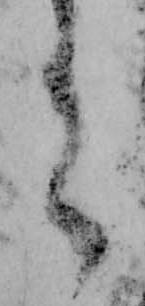
有